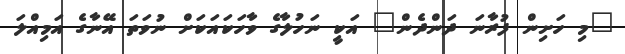
"މި ހަށިން ފުރާނަ ދަންދެން" އަކީ ނަހުލާގެ ވާހަކައަކަށް ނުވަތަ އޭނާގެ އަމިއްލަ